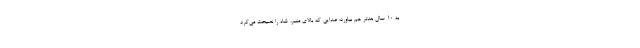
به 10 سال بعدتر هم بیاورد؛ صدایی که بالای منبر، شاه را نصیحت می‌کرد